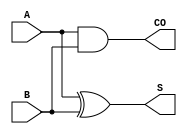
`timescale 1ns / 1ps

module half_adder(
      input A,             
      input B,             
      output S,          
      output CO          
);     
		
    assign S = A ^ B;     
    assign CO = A  & B;	
      
endmodule